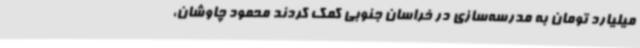
میلیارد تومان به مدرسه‌سازی در خراسان جنوبی کمک کردند محمود چاوشان،